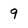
Character: 9